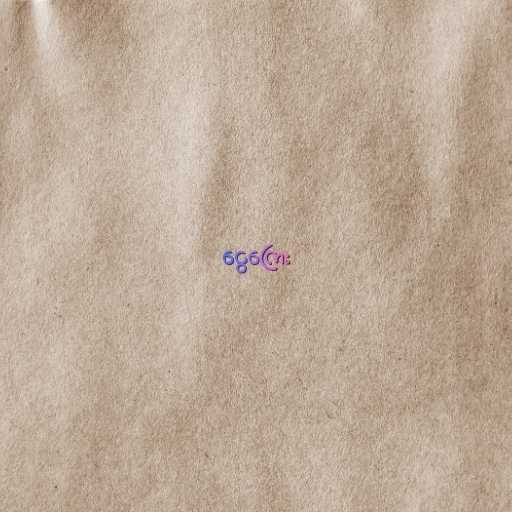
ငွေကြေး